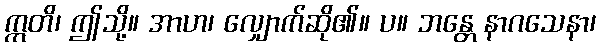
ဣတိ၊ ဤသို့။ အာဟ၊ လျှောက်ဆို၏။ ပ။ ဘန္တေ နာဂသေနာ၊